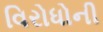
વિરોધોની